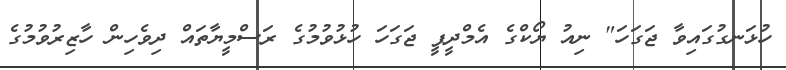
ހުޅަނގުގައިވާ ޖަގަހަ" ނިއު ޔޯކްގެ އެމްދީޕީ ޖަގަހަ ހުޅުވުމުގެ ރަސްމީޔާތައް ދިވެހިން ހާޒިރުވުމުގެ